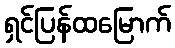
ရှင်ပြန်ထမြောက်